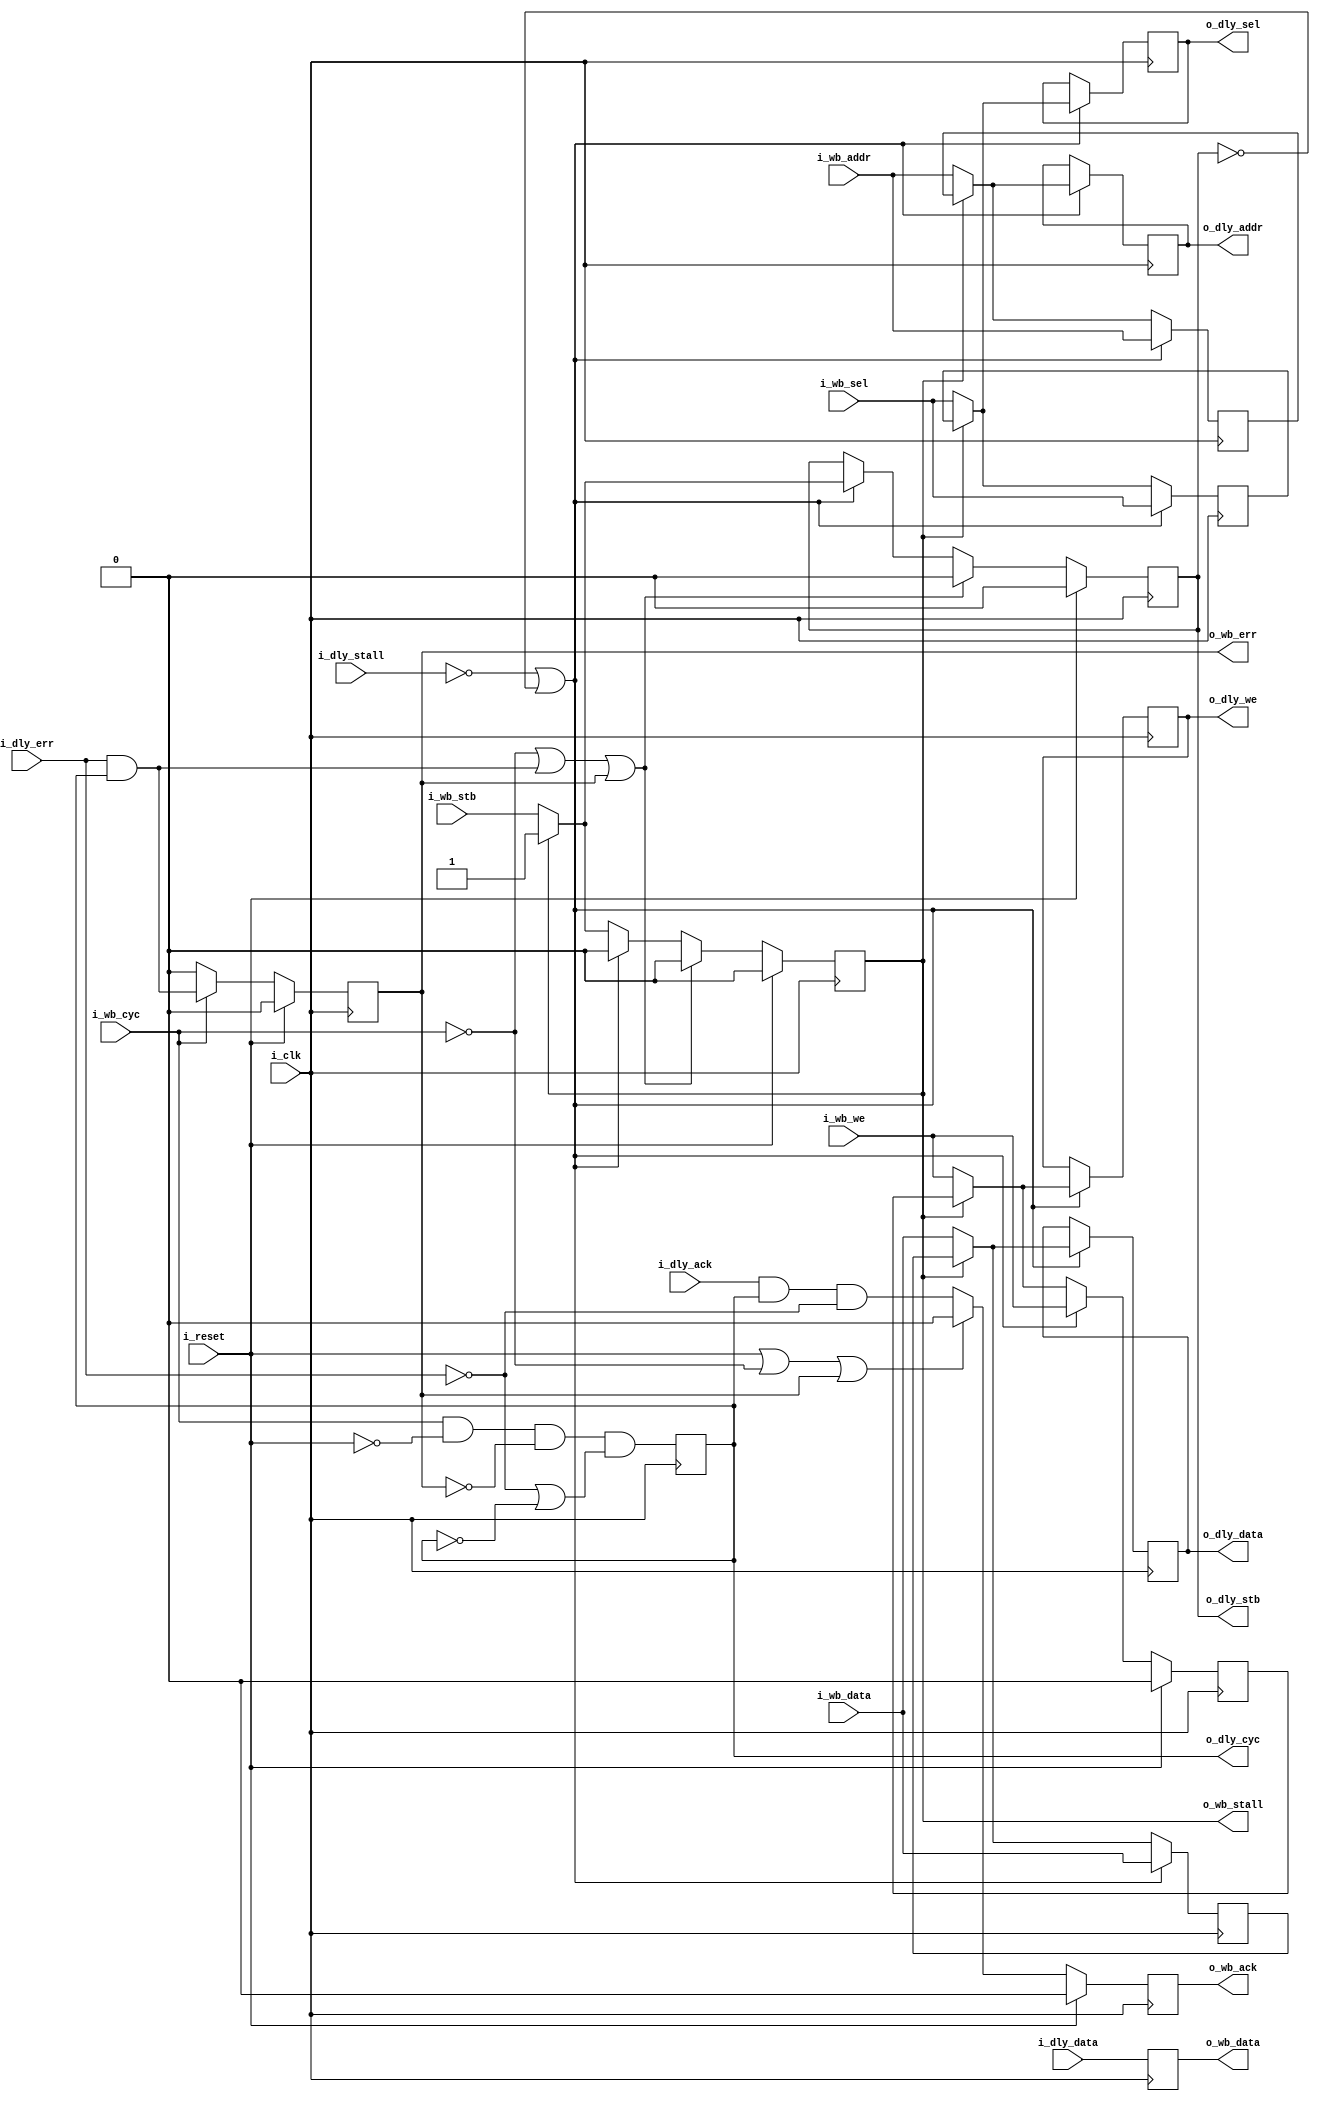
////////////////////////////////////////////////////////////////////////////////
//
//
// Project:	Zip CPU -- a small, lightweight, RISC CPU soft core
//
// Purpose:	Delay any access to the wishbone bus by a single clock.
//
//	When the first Zip System would not meet the timing requirements of
//	the board it was placed upon, this bus delay was added to help out.
//	It may no longer be necessary, having cleaned some other problems up
//	first, but it will remain here as a means of alleviating timing
//	problems.
//
//	The specific problem takes place on the stall line: a wishbone master
//	*must* know on the first clock whether or not the bus will stall.
//
//
//	After a period of time, I started a new design where the timing
//	associated with this original bus clock just wasn't ... fast enough.
//	I needed to delay the stall line as well.  A new busdelay was then
//	written and debugged whcih delays the stall line.  (I know, you aren't
//	supposed to delay the stall line--but what if you *have* to in order
//	to meet timing?)  This new logic has been merged in with the old,
//	and the DELAY_STALL line can be set to non-zero to use it instead
//	of the original logic.  Don't use it if you don't need it: it will
//	consume resources and slow your bus down more, but if you do need
//	it--don't be afraid to use it.  
//
//	Both versions of the bus delay will maintain a single access per
//	clock when pipelined, they only delay the time between the strobe
//	going high and the actual command being accomplished.
//
//
// Creator:	Dan Gisselquist, Ph.D.
//		Gisselquist Technology, LLC
//
////////////////////////////////////////////////////////////////////////////////
//
// Copyright (C) 2015-2019, Gisselquist Technology, LLC
//
// This program is free software (firmware): you can redistribute it and/or
// modify it under the terms of  the GNU General Public License as published
// by the Free Software Foundation, either version 3 of the License, or (at
// your option) any later version.
//
// This program is distributed in the hope that it will be useful, but WITHOUT
// ANY WARRANTY; without even the implied warranty of MERCHANTIBILITY or
// FITNESS FOR A PARTICULAR PURPOSE.  See the GNU General Public License
// for more details.
//
// You should have received a copy of the GNU General Public License along
// with this program.  (It's in the $(ROOT)/doc directory.  Run make with no
// target there if the PDF file isn't present.)  If not, see
// <http://www.gnu.org/licenses/> for a copy.
//
// License:	GPL, v3, as defined and found on www.gnu.org,
//		http://www.gnu.org/licenses/gpl.html
//
//
////////////////////////////////////////////////////////////////////////////////
//
//
`default_nettype	none
//
module	busdelay(i_clk, i_reset,
		// The input bus
		i_wb_cyc, i_wb_stb, i_wb_we, i_wb_addr, i_wb_data, i_wb_sel,
			o_wb_stall, o_wb_ack, o_wb_data, o_wb_err,
		// The delayed bus
		o_dly_cyc, o_dly_stb, o_dly_we, o_dly_addr,o_dly_data,o_dly_sel,
			i_dly_stall, i_dly_ack, i_dly_data, i_dly_err);
	parameter		AW=32, DW=32;
	localparam		F_LGDEPTH=4;
	parameter	 [0:0]	DELAY_STALL = 1;
	input	wire			i_clk, i_reset;
	// Input/master bus
	input	wire			i_wb_cyc, i_wb_stb, i_wb_we;
	input	wire	[(AW-1):0]	i_wb_addr;
	input	wire	[(DW-1):0]	i_wb_data;
	input	wire	[(DW/8-1):0]	i_wb_sel;
	output	wire			o_wb_stall;
	output	reg			o_wb_ack;
	output	reg	[(DW-1):0]	o_wb_data;
	output	reg			o_wb_err;
	// Delayed bus
	output	reg			o_dly_cyc, o_dly_stb, o_dly_we;
	output	reg	[(AW-1):0]	o_dly_addr;
	output	reg	[(DW-1):0]	o_dly_data;
	output	reg	[(DW/8-1):0]	o_dly_sel;
	input	wire			i_dly_stall;
	input	wire			i_dly_ack;
	input	wire	[(DW-1):0]	i_dly_data;
	input	wire			i_dly_err;


	generate
	if (DELAY_STALL != 0)
	begin
		reg			r_stb, r_we;
		reg	[(AW-1):0]	r_addr;
		reg	[(DW-1):0]	r_data;
		reg	[(DW/8-1):0]	r_sel;

		initial	o_dly_cyc  = 1'b0;
		initial	o_dly_stb  = 1'b0;
		initial	o_dly_we   = 1'b0;
		initial	o_dly_addr = 0;
		initial	o_dly_data = 0;
		initial	o_dly_sel  = 0;
		initial	r_stb      = 1'b0;
		initial	r_we       = 1'b0;
		initial	r_addr     = 0;
		initial	r_data     = 0;
		initial	r_sel      = 0;
		initial	o_wb_ack   = 1'b0;
		initial	o_wb_err   = 1'b0;
		always @(posedge i_clk)
		begin
			o_dly_cyc <= (i_wb_cyc)&&(!i_reset)&&(!o_wb_err)
				&&((!i_dly_err)||(!o_dly_cyc));
	
			if ((!i_dly_stall)||(!o_dly_stb))
			begin
				r_we   <= i_wb_we;
				r_addr <= i_wb_addr;
				r_data <= i_wb_data;
				r_sel  <= i_wb_sel;

				if (r_stb)
				begin
					o_dly_we   <= r_we;
					o_dly_addr <= r_addr;
					o_dly_data <= r_data;
					o_dly_sel  <= r_sel;
					o_dly_stb  <= 1'b1;
				end else begin
					o_dly_we   <= i_wb_we;
					o_dly_addr <= i_wb_addr;
					o_dly_data <= i_wb_data;
					o_dly_sel  <= i_wb_sel;
					o_dly_stb  <= i_wb_stb;
				end

				r_stb <= 1'b0;
			end else if ((!r_stb)&&(!o_wb_stall))
			begin
				r_we   <= i_wb_we;
				r_addr <= i_wb_addr;
				r_data <= i_wb_data;
				r_sel  <= i_wb_sel;
				r_stb  <= i_wb_stb;
			end

			if ((!i_wb_cyc)||((i_dly_err)&&(o_dly_cyc))||(o_wb_err))
			begin
				o_dly_stb <= 1'b0;
				r_stb <= 1'b0;
			end

			if ((i_reset)||(!i_wb_cyc)||(o_wb_err))
				o_wb_ack <= 1'b0;
			else
				o_wb_ack  <= (i_dly_ack)&&(o_dly_cyc)&&(!i_dly_err);
			o_wb_data <= i_dly_data;

			if (!i_wb_cyc)
				o_wb_err <= 1'b0;
			else
				o_wb_err  <= (i_dly_err)&&(o_dly_cyc);

			if (i_reset)
			begin
				r_stb     <= 0;
				r_we      <= 0;
				o_dly_stb <= 0;
				o_wb_err  <= 0;
				o_wb_ack  <= 0;
			end
		end

		assign	o_wb_stall = r_stb;

	end else begin

		initial	o_dly_cyc   = 1'b0;
		initial	o_dly_stb   = 1'b0;
		initial	o_dly_we    = 1'b0;
		initial	o_dly_addr  = 0;
		initial	o_dly_data  = 0;
		initial	o_dly_sel   = 0;
		initial	o_wb_ack    = 0;
		initial	o_wb_err    = 0;

		always @(posedge i_clk)
			if (i_reset)
				o_dly_cyc <= 1'b0;
			else if ((i_dly_err)&&(o_dly_cyc))
				o_dly_cyc <= 1'b0;
			else if ((o_wb_err)&&(i_wb_cyc))
				o_dly_cyc <= 1'b0;
			else
				o_dly_cyc <= i_wb_cyc;

		// Add the i_wb_cyc criteria here, so we can simplify the
		// o_wb_stall criteria below, which would otherwise *and*
		// these two.
		always @(posedge i_clk)
			if (i_reset)
				o_dly_stb <= 1'b0;
			else if ((i_dly_err)&&(o_dly_cyc))
				o_dly_stb <= 1'b0;
			else if ((o_wb_err)&&(i_wb_cyc))
				o_dly_stb <= 1'b0;
			else if (!i_wb_cyc)
				o_dly_stb <= 1'b0;
			else if (!o_wb_stall)
				o_dly_stb <= (i_wb_stb);

		always @(posedge i_clk)
			if (!o_wb_stall)
				o_dly_we  <= i_wb_we;
		always @(posedge i_clk)
			if (!o_wb_stall)
				o_dly_addr<= i_wb_addr;
		always @(posedge i_clk)
			if (!o_wb_stall)
				o_dly_data <= i_wb_data;
		always @(posedge i_clk)
			if (!o_wb_stall)
				o_dly_sel <= i_wb_sel;
		always @(posedge i_clk)
			if (i_reset)
				o_wb_ack <= 1'b0;
			else
				o_wb_ack  <= ((i_dly_ack)&&(!i_dly_err)
					&&(o_dly_cyc)&&(i_wb_cyc))
					&&(!o_wb_err);
		always @(posedge i_clk)
			if (i_reset)
				o_wb_err <= 1'b0;
			else if (!o_dly_cyc)
				o_wb_err <= 1'b0;
			else
				o_wb_err  <= (o_wb_err)||(i_dly_err)&&(i_wb_cyc);
		always @(posedge i_clk)
			o_wb_data <= i_dly_data;

		// Our only non-delayed line, yet still really delayed.  Perhaps
		// there's a way to register this?
		// o_wb_stall <= (i_wb_cyc)&&(i_wb_stb) ... or some such?
		// assign o_wb_stall=((i_wb_cyc)&&(i_dly_stall)&&(o_dly_stb));//&&o_cyc
		assign	o_wb_stall = (i_dly_stall)&&(o_dly_stb);
	end endgenerate

`ifdef	FORMAL
// The formal proof for this module is maintained elsewhere
`endif
endmodule